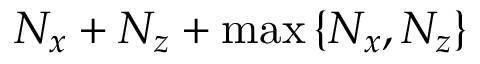
N _ { x } + N _ { z } + \operatorname* { m a x } \left\{ N _ { x } , N _ { z } \right\}